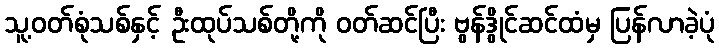
သူ့ဝတ်စုံသစ်နှင့် ဦးထုပ်သစ်တို့ကို ဝတ်ဆင်ပြီး ဗွန်ဒွိုင်ဆင်ထံမှ ပြန်လာခဲ့ပုံ